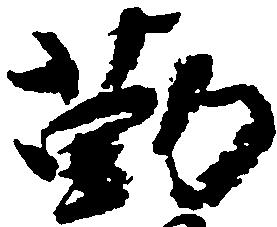
勤